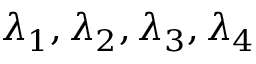
\lambda _ { 1 } , \lambda _ { 2 } , \lambda _ { 3 } , \lambda _ { 4 }